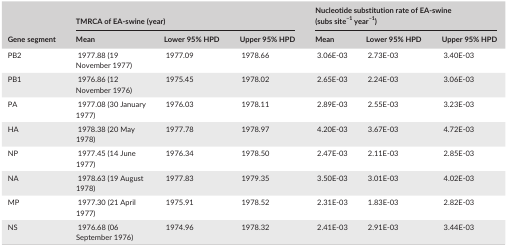
<table><thead><tr><td rowspan="2"><b>Gene segment</b></td><td colspan="3"><b>TMRCA of EA‐swine (year)</b></td><td colspan="3"><b>Nucleotide substitution rate of EA‐swine (subs site<sup>−1</sup> year<sup>−1</sup>)</b></td></tr><tr><td><b>Mean</b></td><td><b>Lower 95% HPD</b></td><td><b>Upper 95% HPD</b></td><td><b>Mean</b></td><td><b>Lower 95% HPD</b></td><td><b>Upper 95% HPD</b></td></tr></thead><tbody><tr><td>PB2</td><td>1977.88 (19 November 1977)</td><td>1977.09</td><td>1978.66</td><td>3.06E‐03</td><td>2.73E‐03</td><td>3.40E‐03</td></tr><tr><td>PB1</td><td>1976.86 (12 November 1976)</td><td>1975.45</td><td>1978.02</td><td>2.65E‐03</td><td>2.24E‐03</td><td>3.06E‐03</td></tr><tr><td>PA</td><td>1977.08 (30 January 1977)</td><td>1976.03</td><td>1978.11</td><td>2.89E‐03</td><td>2.55E‐03</td><td>3.23E‐03</td></tr><tr><td>HA</td><td>1978.38 (20 May 1978)</td><td>1977.78</td><td>1978.97</td><td>4.20E‐03</td><td>3.67E‐03</td><td>4.72E‐03</td></tr><tr><td>NP</td><td>1977.45 (14 June 1977)</td><td>1976.34</td><td>1978.50</td><td>2.47E‐03</td><td>2.11E‐03</td><td>2.85E‐03</td></tr><tr><td>NA</td><td>1978.63 (19 August 1978)</td><td>1977.83</td><td>1979.35</td><td>3.50E‐03</td><td>3.01E‐03</td><td>4.02E‐03</td></tr><tr><td>MP</td><td>1977.30 (21 April 1977)</td><td>1975.91</td><td>1978.52</td><td>2.31E‐03</td><td>1.83E‐03</td><td>2.82E‐03</td></tr><tr><td>NS</td><td>1976.68 (06 September 1976)</td><td>1974.96</td><td>1978.32</td><td>2.41E‐03</td><td>2.91E‐03</td><td>3.44E‐03</td></tr></tbody></table>